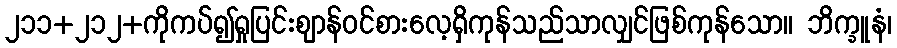
၂၁၁+၂၁၂+ကိုကပ်၍ရှုပြင်းဈာန်ဝင်စားလေ့ရှိကုန်သည်သာလျှင်ဖြစ်ကုန်သော။ ဘိက္ခူနံ၊